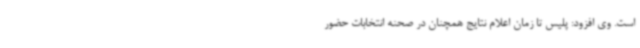
است. وی افزود: پلیس تا زمان اعلام نتایج همچنان در صحنه انتخابات حضور